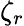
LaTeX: \zeta_{r}